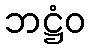
ဘဋ္ဌံဝ